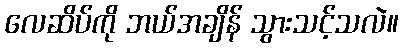
လေဆိပ်ကို ဘယ်အချိန် သွားသင့်သလဲ။